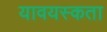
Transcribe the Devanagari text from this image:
यावयस्कता